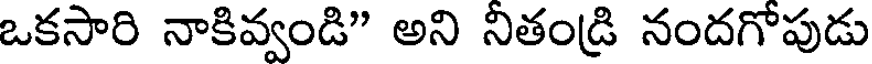
ఒకసారి నాకివ్వండి" అని నితండ్రి నందగోపుడు